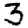
Digit: 3